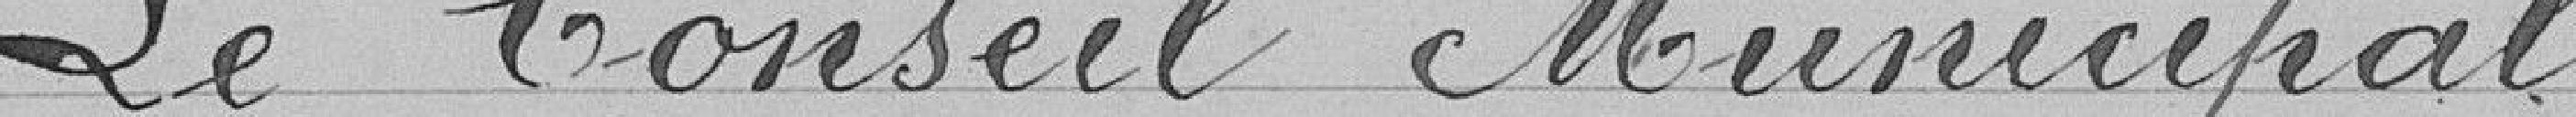
Le Conseil Municipal